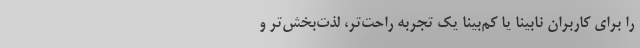
را برای کاربران نابینا یا کم‌بینا یک تجربه راحت‌تر، لذت‌بخش‌تر و